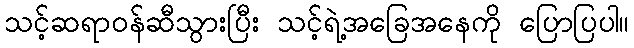
သင့်ဆရာဝန်ဆီသွားပြီး သင့်ရဲ့အခြေအနေကို ပြောပြပါ။